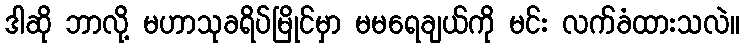
ဒါဆို ဘာလို့ မဟာသုခရိပ်မြိုင်မှာ မမရေချယ်ကို မင်း လက်ခံထားသလဲ။